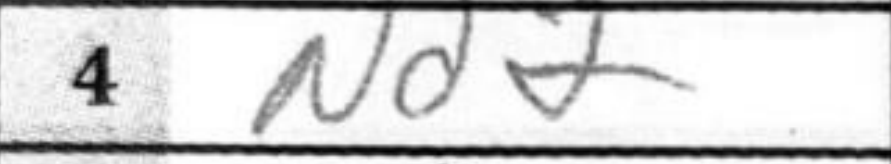
Transcription: Nd2